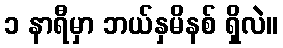
၁ နာရီမှာ ဘယ်နှမိနစ် ရှိလဲ။